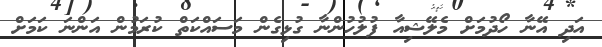
އަދި އޭނާ ހޯދުމަށް މެލޭޝިއާ ފުލުހުންނާ ގުޅިގެން މަސައްކަތް ކުރަމުން އަންނަ ކަމަށް